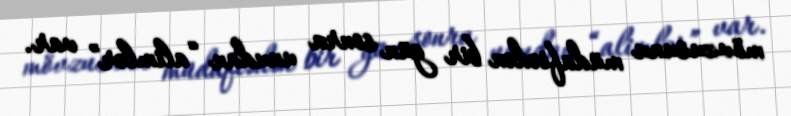
mövzusunu müdafiədən bir gün sonra unudan “alimlər” var.